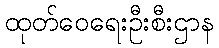
ထုတ်ဝေရေးဦးစီးဌာန